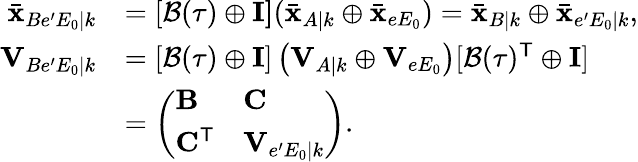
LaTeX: \begin{array}{rl}{\bar{\mathbf{x}}_{Be^{\prime}E_{0}|k}}&{=[\mathcal{B}(\tau)\oplus\mathbf{I]}(\bar{\mathbf{x}}_{A|k}\oplus\bar{\mathbf{x}}_{eE_{0}})=\bar{\mathbf{x}}_{B|k}\oplus\bar{\mathbf{x}}_{e^{\prime}E_{0}|k},}\\ {\mathbf{V}_{Be^{\prime}E_{0}|k}}&{=[\mathcal{B}(\tau)\oplus\mathbf{I}]\left(\mathbf{V}_{A|k}\oplus\mathbf{V}_{eE_{0}}\right)[\mathcal{B}(\tau)^{\mathsf{T}}\oplus\mathbf{I}]}\\ &{=\left(\begin{array}{ll}{\mathbf{B}}&{\mathbf{C}}\\ {\mathbf{C}^{\mathsf{T}}}&{\mathbf{V}_{e^{\prime}E_{0}|k}}\end{array}\right).}\end{array}